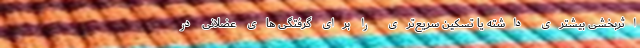
اثربخشی بیشتری داشته یا تسکین سریع‌تری را برای گرفتگی های عضلانی در